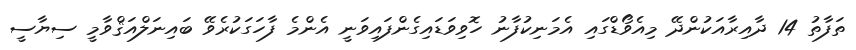
ތަފާތު 14 ދާއިރާއަކުންދޭ މިއެވޯޑްގައި އެމަނިކުފާނު ހޮވިވަޑައިގެންފައިވަނީ އެންމެ ފާހަގަކުރެވޭ ބައިނަލްއަޤްވާމީ ސިޔާސީ